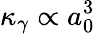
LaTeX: \kappa_{\gamma}\propto a_{0}^{3}